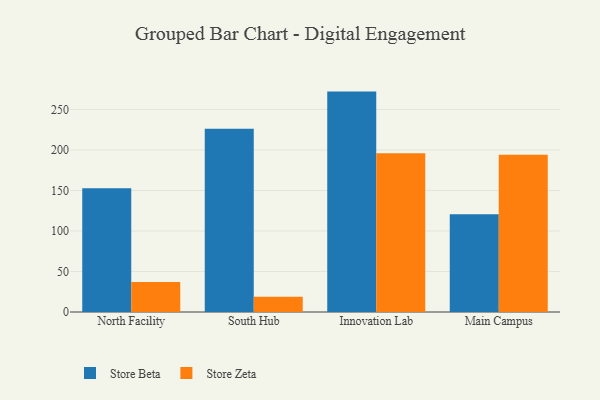
{"axis": {"x": "Campus", "y": "Energy Usage (MWh)"}, "legend": ["Store Beta", "Store Zeta"], "data": [{"x": "North Facility", "y": 152.8, "type": "Store Beta"}, {"x": "North Facility", "y": 37.0, "type": "Store Zeta"}, {"x": "South Hub", "y": 226.2, "type": "Store Beta"}, {"x": "South Hub", "y": 18.8, "type": "Store Zeta"}, {"x": "Innovation Lab", "y": 272.1, "type": "Store Beta"}, {"x": "Innovation Lab", "y": 196.0, "type": "Store Zeta"}, {"x": "Main Campus", "y": 120.7, "type": "Store Beta"}, {"x": "Main Campus", "y": 194.2, "type": "Store Zeta"}]}